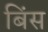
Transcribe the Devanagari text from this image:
बिंस